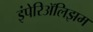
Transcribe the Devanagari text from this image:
इंपेरिॲलिझम